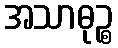
အသာဓုဉ္စ